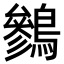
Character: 𪅩